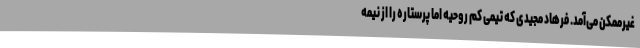
غیرممکن می‌آمد. فرهاد مجیدی که تیمی کم روحیه اما پرستاره را از نیمه